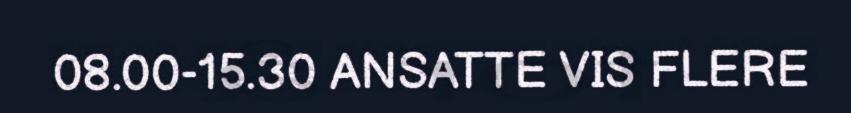
08.00-15.30 ANSATTE VIS FLERE